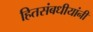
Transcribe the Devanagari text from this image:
हितसंबधीयांनी